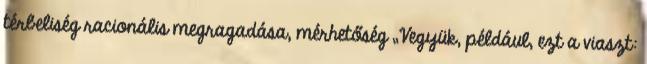
térbeliség racionális megragadása, mérhetőség „Vegyük, például, ezt a viaszt: